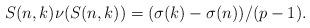
LaTeX: \begin{align*}S(n,k) \nu(S(n,k)) = (\sigma(k)-\sigma(n))/(p-1).\end{align*}